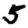
Digit: 5